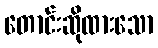
တောင်းဆိုထားသော